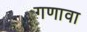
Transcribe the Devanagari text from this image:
गणावा